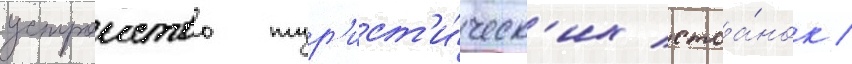
устроиство тур'ист'и́ческ'их стоа́нок /